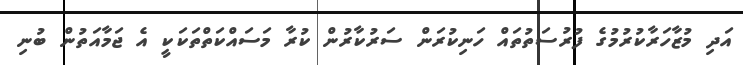
އަދި މުޒާހަރާކުރުމުގެ ފުރުސަތުތައް ހަނިކުރަން ސަރުކާރުން ކުރާ މަސައްކަތްތަކަކީ އެ ޖަމާއަތުން ބުނި